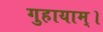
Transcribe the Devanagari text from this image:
गुहायाम्।